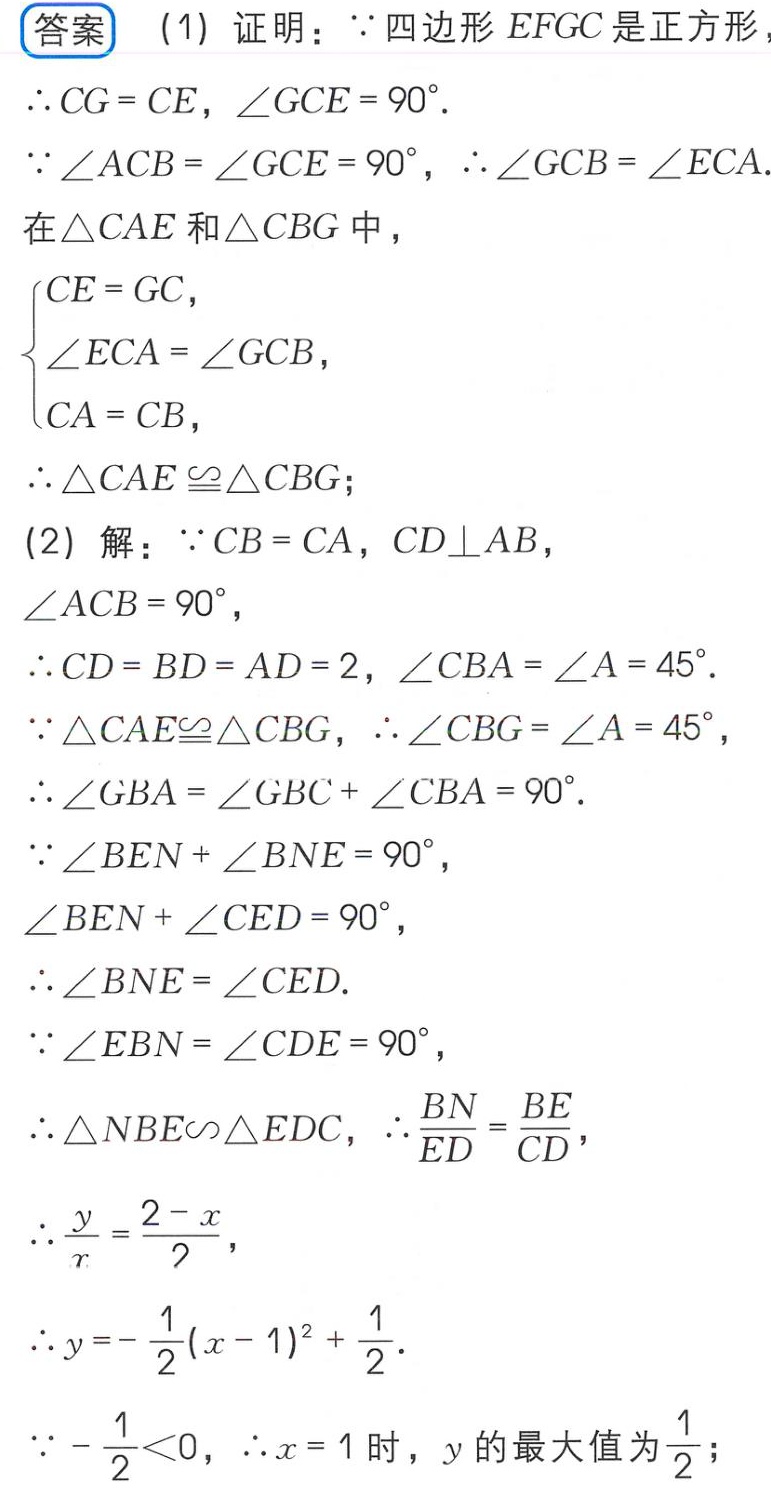
(1) 证明：
因为四边形 \(E F G C\) 是正方形，
所以 \(C G = C E\)，\(\angle G C E = 90^{\circ}\)。
因为 \(\angle A C B=\angle G C E = 90^{\circ}\)，所以 \(\angle G C B=\angle E C A\)。
在 \(\triangle C A E\) 和 \(\triangle C B G\) 中，
\(\begin{cases}
C E = G C,\\
\angle E C A=\angle G C B,\\
C A = C B,
\end{cases}\)
所以 \(\triangle C A E\cong\triangle C B G\)；

(2) 解：
因为 \(C B = C A\)，\(C D\perp A B\)，\(\angle A C B = 90^{\circ}\)，
所以 \(C D = B D = A D = 2\)，\(\angle C B A=\angle A = 45^{\circ}\)。
因为 \(\triangle C A E\cong\triangle C B G\)，所以 \(\angle C B G=\angle A = 45^{\circ}\)，
所以 \(\angle G B A=\angle G B C+\angle C B A = 90^{\circ}\)。
因为 \(\angle B E N+\angle B N E = 90^{\circ}\)，\(\angle B E N+\angle C E D = 90^{\circ}\)，
所以 \(\angle B N E=\angle C E D\)。
因为 \(\angle E B N=\angle C D E = 90^{\circ}\)，
所以 \(\triangle N B E\sim\triangle E D C\)，所以 \(\frac{B N}{E D}=\frac{B E}{C D}\)，
所以 \(\frac{y}{x}=\frac{2 - x}{2}\)，
所以 \(y=-\frac{1}{2}(x - 1)^{2}+\frac{1}{2}\)。
因为 \(-\frac{1}{2}<0\)，所以 \(x = 1\) 时，\(y\) 的最大值为 \(\frac{1}{2}\)；